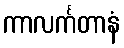
ကာလင်္ကတာနံ